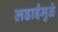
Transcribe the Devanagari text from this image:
लढाईंमुळे